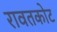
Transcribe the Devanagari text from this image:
रावतकोट